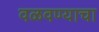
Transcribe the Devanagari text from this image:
वळवण्याचा